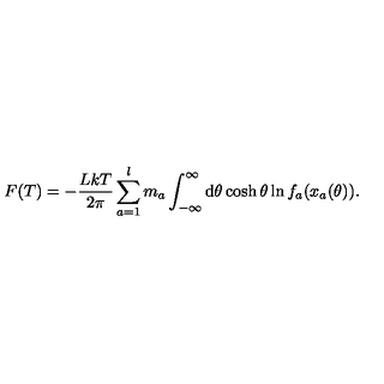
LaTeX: F ( T ) = - \frac { L k T } { 2 \pi } \sum _ { a = 1 } ^ { l } m _ { a } \int _ { - \infty } ^ { \infty } \mathrm { d } \theta \cosh \theta \ln f _ { a } ( x _ { a } ( \theta ) ) .